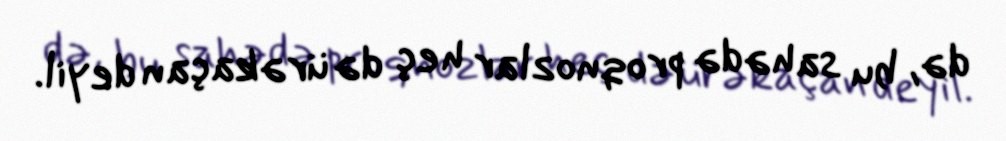
də, bu sahədə proqnozlar heç də ürəkaçan deyil.